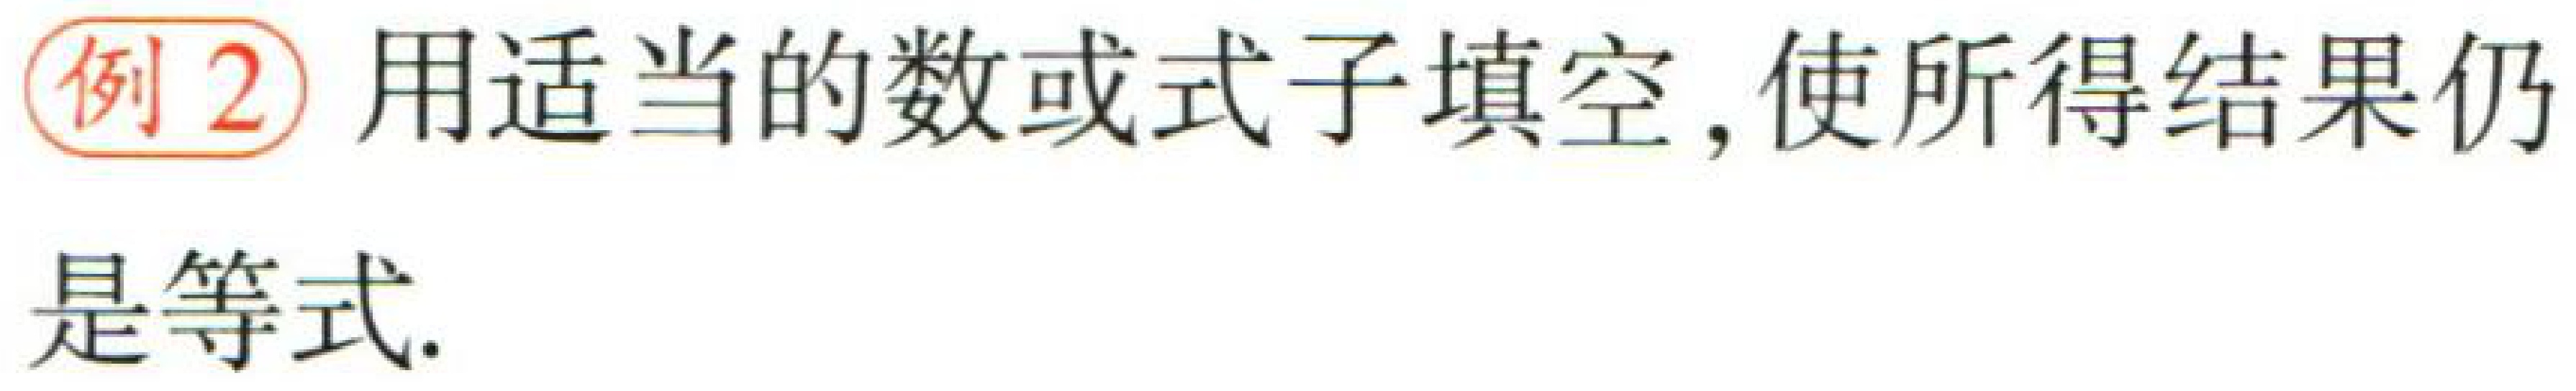
例2 用适当的数或式子填空, 使所得结果仍

是等式.